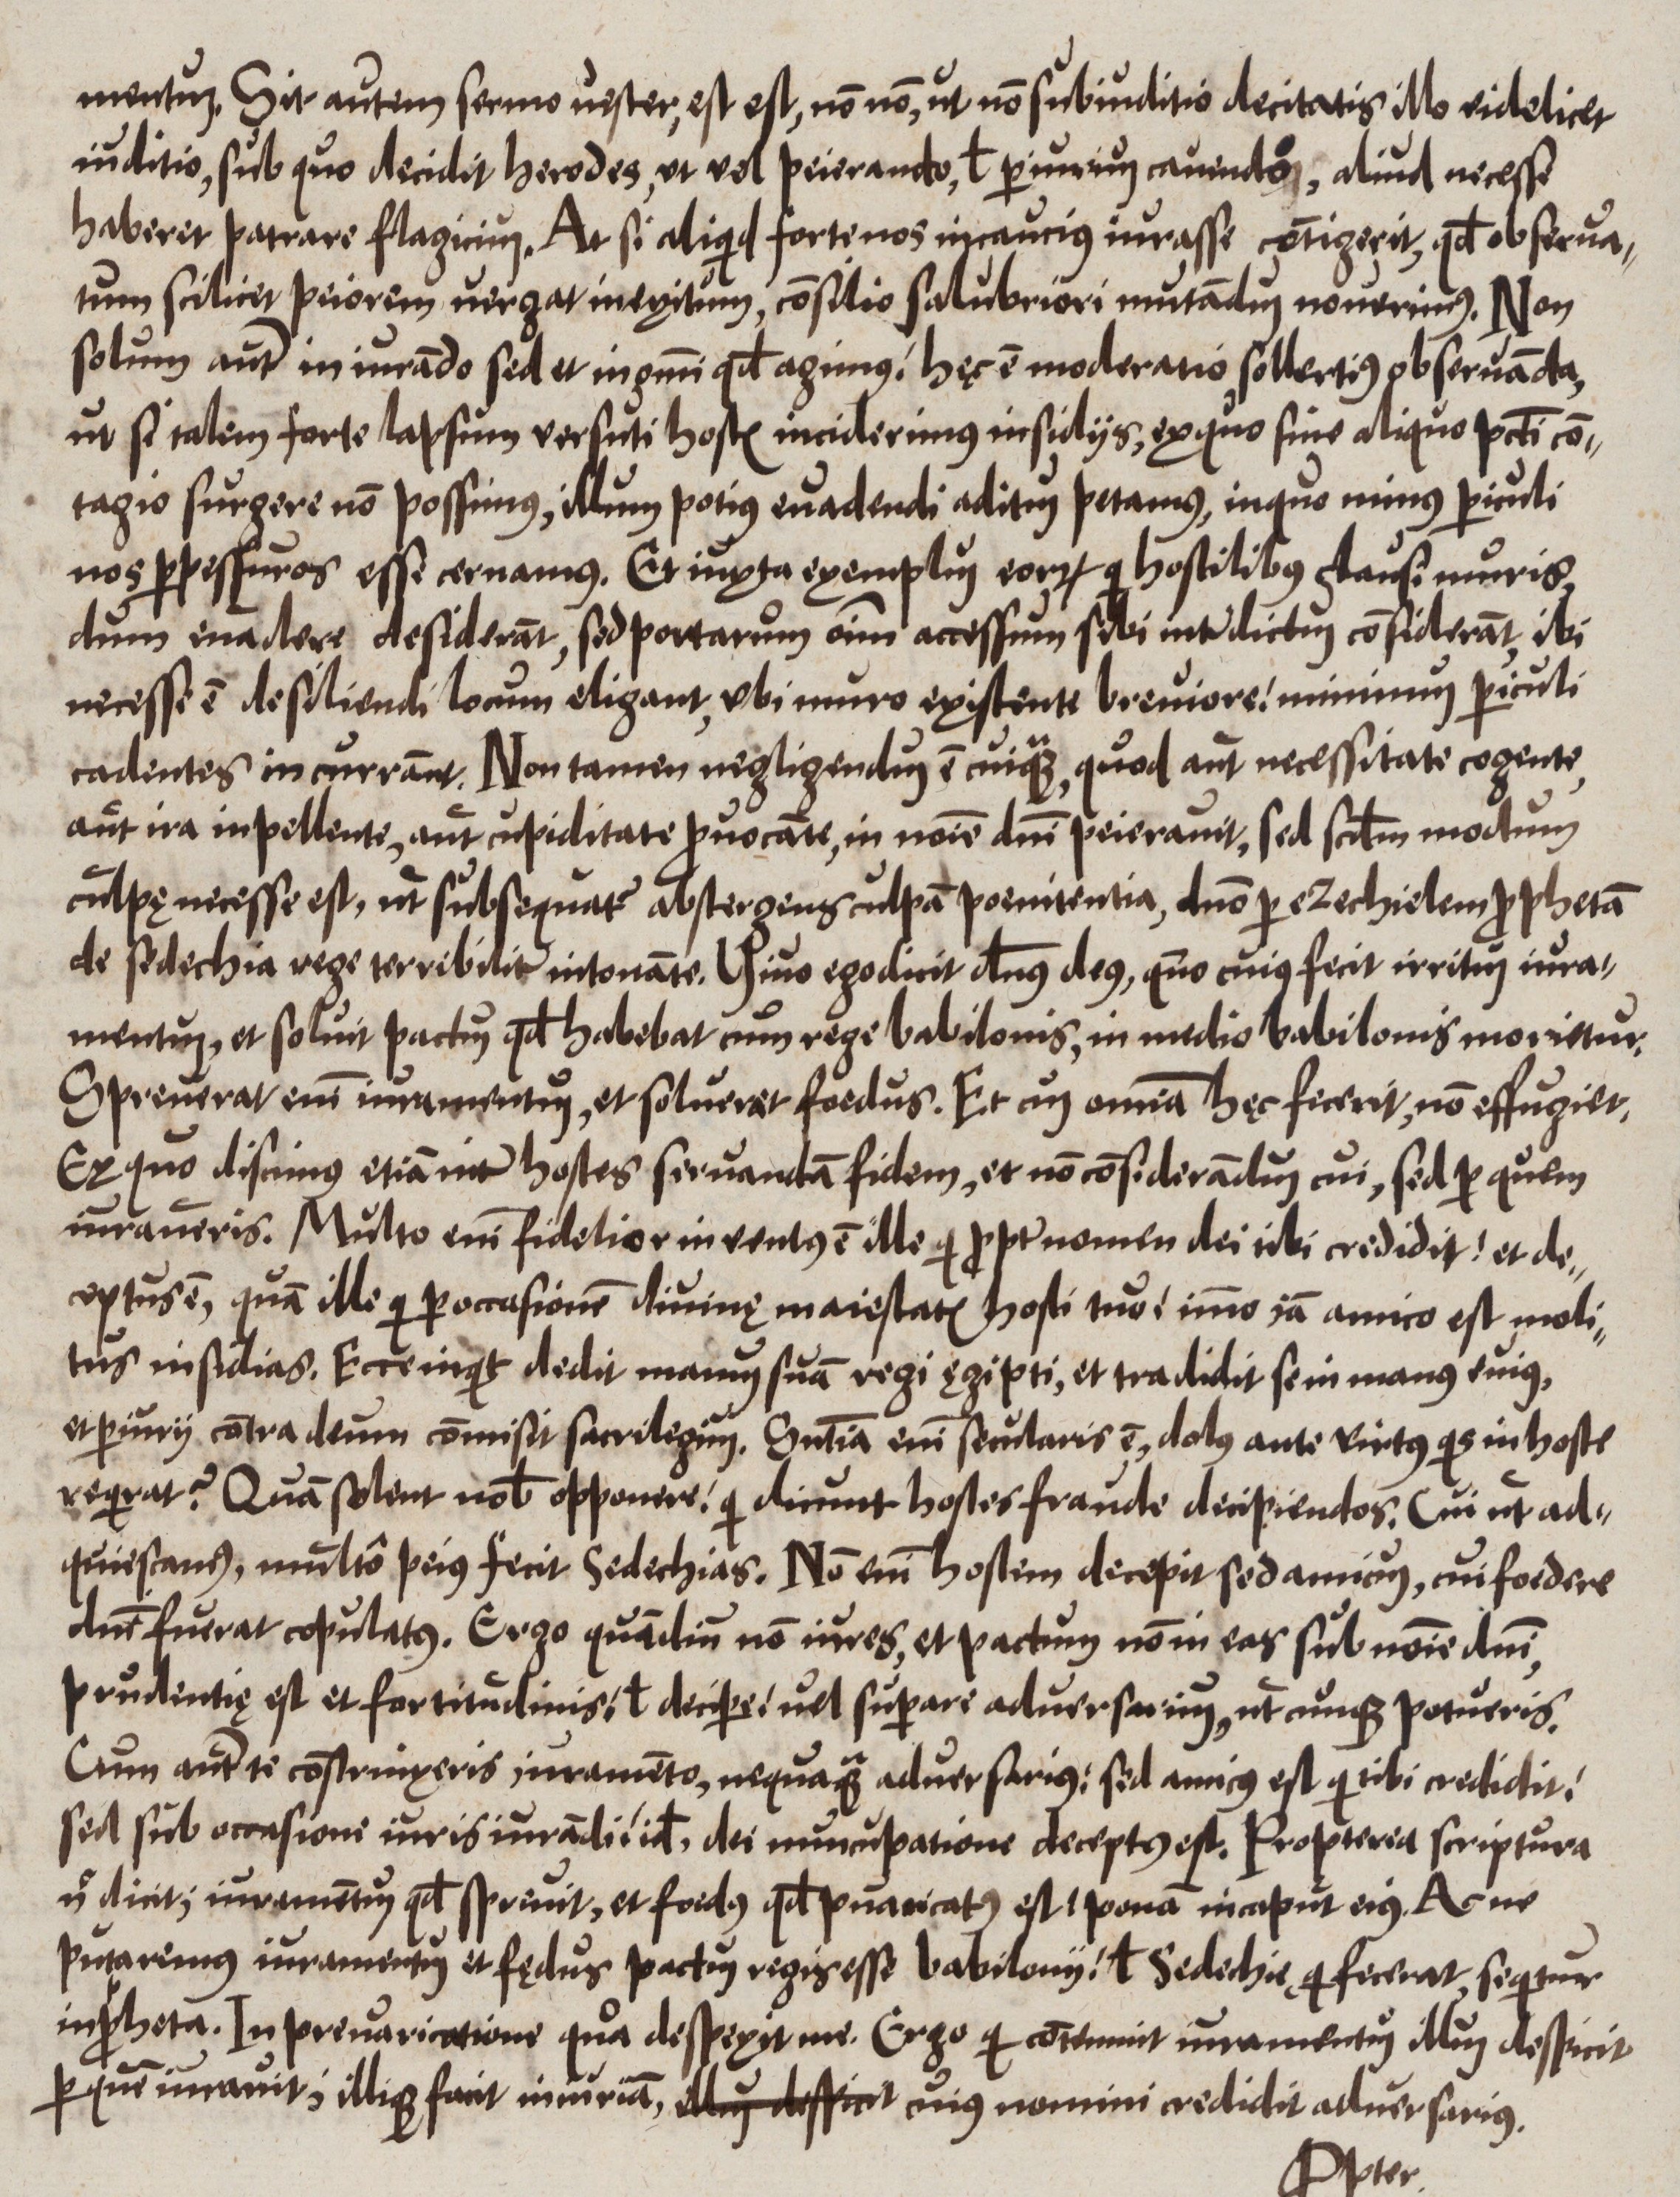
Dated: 1550–1599